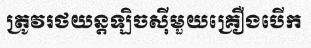
ត្រូវរថយន្តឡិចស៊ីមួយគ្រឿងបើក